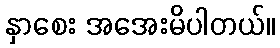
နှာစေး အအေးမိပါတယ်။